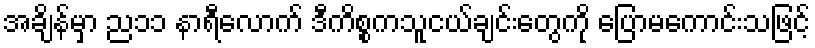
အချိန်မှာ ည၁၁ နာရီလောက် ဒီကိစ္စကသူငယ်ချင်းတွေကို ပြောမကောင်းသဖြင့်